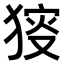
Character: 𤟫